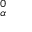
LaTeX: \mathbf { \Delta } _ { \alpha } ^ { 0 }